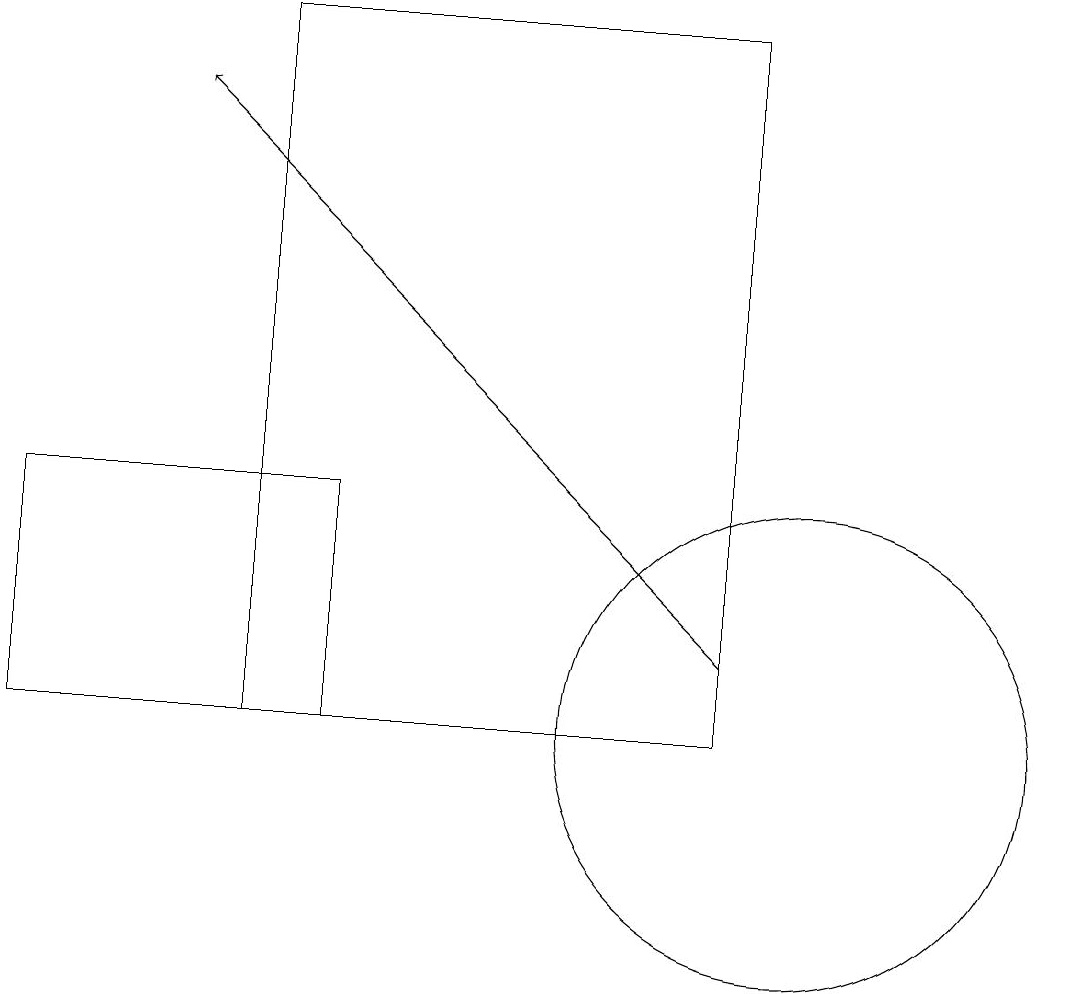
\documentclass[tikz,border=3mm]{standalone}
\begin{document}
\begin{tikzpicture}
\draw (3,10) rectangle (9,19);
\draw[->] (9,11) -- (2,18);
\draw (0,13) rectangle (4,10);
\draw (10,10) circle (3);
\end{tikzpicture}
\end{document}